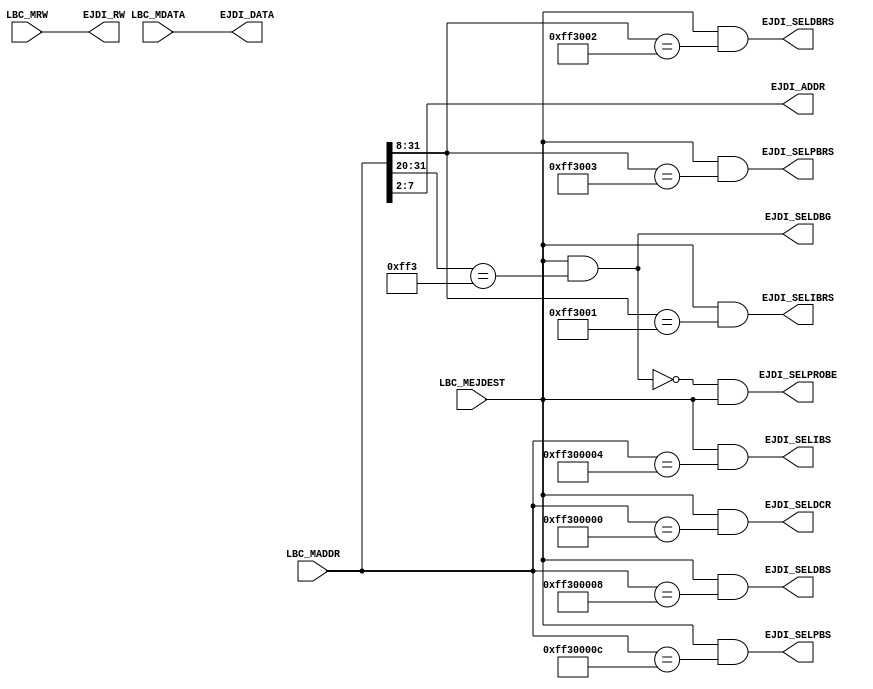
module ejtag_datain 














( 

EJDI_ADDR, EJDI_DATA, EJDI_RW, EJDI_SELDCR, EJDI_SELIBS, EJDI_SELDBS, 
EJDI_SELPBS, EJDI_SELIBRS, EJDI_SELDBRS, EJDI_SELPBRS, EJDI_SELDBG, 
EJDI_SELPROBE, 

LBC_MDATA, LBC_MADDR, LBC_MEJDEST, LBC_MRW 
); 



input [31:0] LBC_MDATA; 
input [31:0] LBC_MADDR; 
input LBC_MEJDEST; 
input LBC_MRW; 

output [7:2] EJDI_ADDR; 
output [31:0] EJDI_DATA; 
output EJDI_RW; 

output EJDI_SELDCR; 
output EJDI_SELIBS; 
output EJDI_SELDBS; 
output EJDI_SELPBS; 
output EJDI_SELIBRS; 
output EJDI_SELDBRS; 
output EJDI_SELPBRS; 
output EJDI_SELDBG; 

output EJDI_SELPROBE; 

assign EJDI_ADDR = LBC_MADDR [7:2]; 
assign EJDI_DATA = LBC_MDATA; 
assign EJDI_RW = LBC_MRW; 






assign EJDI_SELDCR = LBC_MEJDEST & (LBC_MADDR == 32'hff30_0000); 
assign EJDI_SELIBS = LBC_MEJDEST & (LBC_MADDR == 32'hff30_0004); 
assign EJDI_SELDBS = LBC_MEJDEST & (LBC_MADDR == 32'hff30_0008); 
assign EJDI_SELPBS = LBC_MEJDEST & (LBC_MADDR == 32'hff30_000c); 

assign EJDI_SELIBRS = LBC_MEJDEST & (LBC_MADDR [31:8] == 24'hff30_01); 
assign EJDI_SELDBRS = LBC_MEJDEST & (LBC_MADDR [31:8] == 24'hff30_02); 
assign EJDI_SELPBRS = LBC_MEJDEST & (LBC_MADDR [31:8] == 24'hff30_03); 

assign EJDI_SELDBG = LBC_MEJDEST & (LBC_MADDR [31:20] == 12'hff3); 
assign EJDI_SELPROBE = ~EJDI_SELDBG & LBC_MEJDEST; 

endmodule